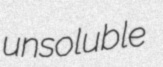
unsoluble